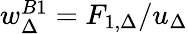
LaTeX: \begin{array}{r}{w_{\Delta}^{B1}=F_{1,\Delta}/u_{\Delta}}\end{array}